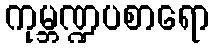
ကုမ္ဘဏ္ဍပစာရော